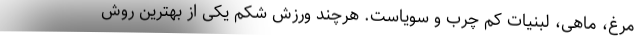
مرغ، ماهی، لبنیات کم چرب و سویاست. هرچند ورزش شکم یکی از بهترین روش